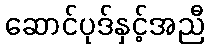
ဆောင်ပုဒ်နှင့်အညီ